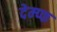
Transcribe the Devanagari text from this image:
देम्प्फ